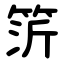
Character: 䇵